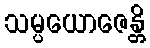
သမ္ပယောဇေန္တိ